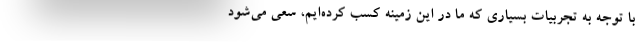
با توجه به تجربیات بسیاری که ما در این زمینه کسب کرده‌ایم، سعی می‌شود